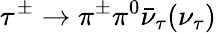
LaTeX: \tau^{\pm}\to\pi^{\pm}\pi^{0}\bar{\nu}_{\tau}(\nu_{\tau})